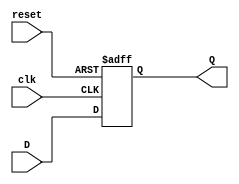
module FeedbackRegister (
    input wire clk,      // Clock signal
    input wire reset,    // Asynchronous reset signal
    input wire D,        // Data input
    output reg Q         // Data output (current state)
);

// Asynchronous reset behavior
always @(posedge clk or posedge reset) begin
    if (reset) begin
        Q <= 1'b0;      // Set to predefined state (0) on reset
    end else begin
        Q <= D;         // Capture the input data on clock edge
    end
end

endmodule